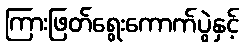
ကြားဖြတ်ရွေးကောက်ပွဲနှင့်